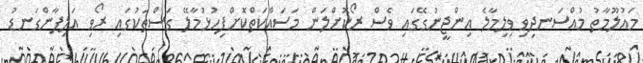
މައުލޫމާތު މުއްސަނދިވި ވިލިމާލެ އިންޖީނުގޭގައި ވެސް ރޯކޮށްލަން މަސައްކަތްކޮށްފިހުޅުމާލޭ ގަސްތަކުގައި ރޯވި އަލިފާންގަނޑު